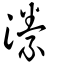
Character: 潫